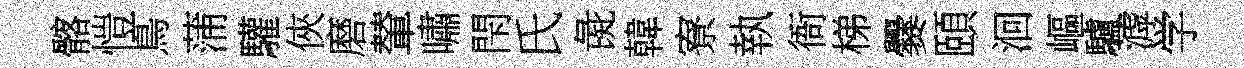
髂愷鳥蒲驩俠磨輦嘯閇氏彘韓寮執衙梯爨頤洄嶇驢滹学